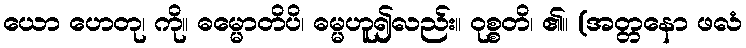
ယော ဟေတု၊ ကို။ ဓမ္မောတိပိ၊ ဓမ္မဟူ၍လည်း။ ဝုစ္စတိ၊ ၏။ (အတ္တနော ဖလံ